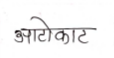
मजकूर: आटोकाट